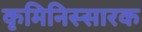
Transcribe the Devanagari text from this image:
कृमिनिस्सारक